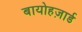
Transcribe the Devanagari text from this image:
बायोहज़ार्ड